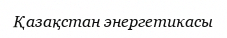
Қазақстан энергетикасы